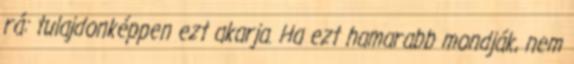
rá: tulajdonképpen ezt akarja. Ha ezt hamarabb mondják, nem